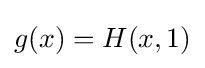
g(x)=H(x,1)